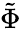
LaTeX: \tilde{\Phi}